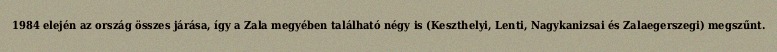
1984 elején az ország összes járása, így a Zala megyében található négy is (Keszthelyi, Lenti, Nagykanizsai és Zalaegerszegi) megszűnt.